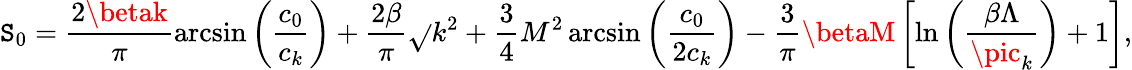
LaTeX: {\cal\mathtt{S}}_{0}=\frac{{2\betak}}{{\pi}}\arcsin{\left(\frac{{c_{0}}}{{c_{k}}}\right)}+\frac{{2\beta}}{{\pi}}\sqrt{}{{k^{2}+\frac{{3}}{{4}}M^{2}}}\arcsin{\left(\frac{{c_{0}}}{{2c_{k}}}\right)}-\frac{{3}}{{\pi}}\betaM\left[\ln{\left(\frac{{\beta\Lambda}}{{\pic_{k}}}\right)}+1\right],